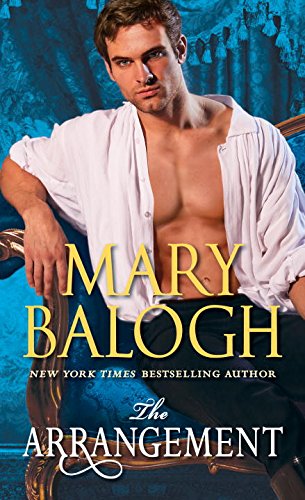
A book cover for The Arrangement; Mary Balogh; Romance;